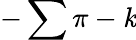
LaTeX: -\sum\pi-\mathit{k}